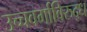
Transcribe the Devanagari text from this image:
उच्चवर्गाविरुद्ध